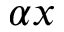
\alpha x